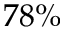
7 8 \%